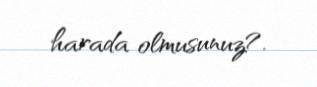
harada olmusunuz?.